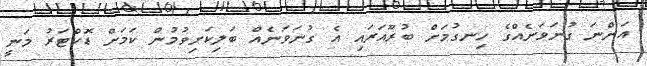
އަންނަ ގުނަވަނެއްގެ ހިނގުމަށް ބުރޫއަރައި އެ ގުނަވަނެއް ބަލިކަށިވުމުން ކަމަށް ޑޮކްޓަރު މަނީ